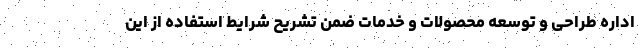
اداره طراحی و توسعه محصولات و خدمات ضمن تشریح شرایط استفاده از این